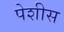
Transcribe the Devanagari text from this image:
पेशीस